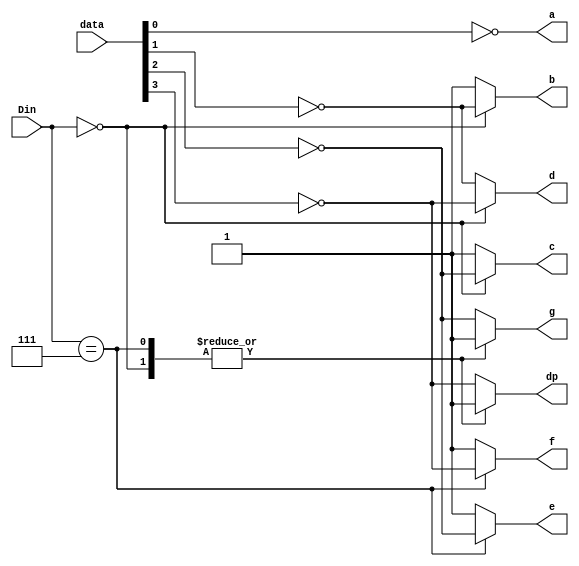
`timescale 1ns / 1ps

module ss_decoder(
    input [2:0] Din,
	input [3:0] data,
    output reg a,
    output reg b,
    output reg c,
    output reg d,
    output reg e,
    output reg f,
    output reg g,
    output reg dp
    );

	 always @(Din)
	 case(Din)
	 
		3'b000 : begin
			a = ~data[0];
			b = ~data[1];
			c = ~data[2];
			d = ~data[3];
			e = 1;
			f = 1;
			g = 1;
			dp = 1;
			end
	
		3'b111 : begin
			a = ~data[0];
			b = 1;
			c = 1;
			d = ~data[1];
			e = ~data[2];
			f = ~data[3];
			g = 1 ;
			dp = 1;
			end
			
	    default: begin
			a = ~data[0];
			b = 1;
			c = 1;
			d = ~data[1];
			e = 1;
			f = 1;
			g = ~data[2];
			dp = ~data[3];
			end
		
		endcase
			

endmodule